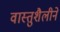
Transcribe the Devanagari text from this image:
वास्तुशैलीने